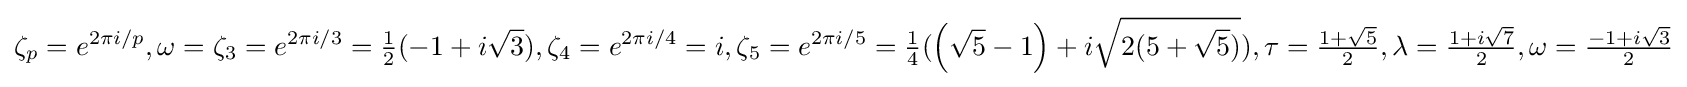
\zeta _{p}=e^{2\pi i/p},\omega =\zeta _{3}=e^{2\pi i/3}={\tfrac {1}{2}}(-1+i{\sqrt {3}}),\zeta _{4}=e^{2\pi i/4}=i,\zeta _{5}=e^{2\pi i/5}={\tfrac {1}{4}}(\left({\sqrt {5}}-1\right)+i{\sqrt {2(5+{\sqrt {5}})}}),\tau ={\tfrac {1+{\sqrt {5}}}{2}},\lambda ={\tfrac {1+i{\sqrt {7}}}{2}},\omega ={\tfrac {-1+i{\sqrt {3}}}{2}}